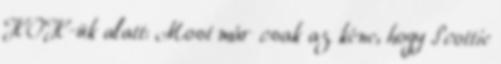
HOH-ük alatt: Most már csak az kéne, hogy Scottie